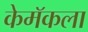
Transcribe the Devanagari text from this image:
केमॅकला